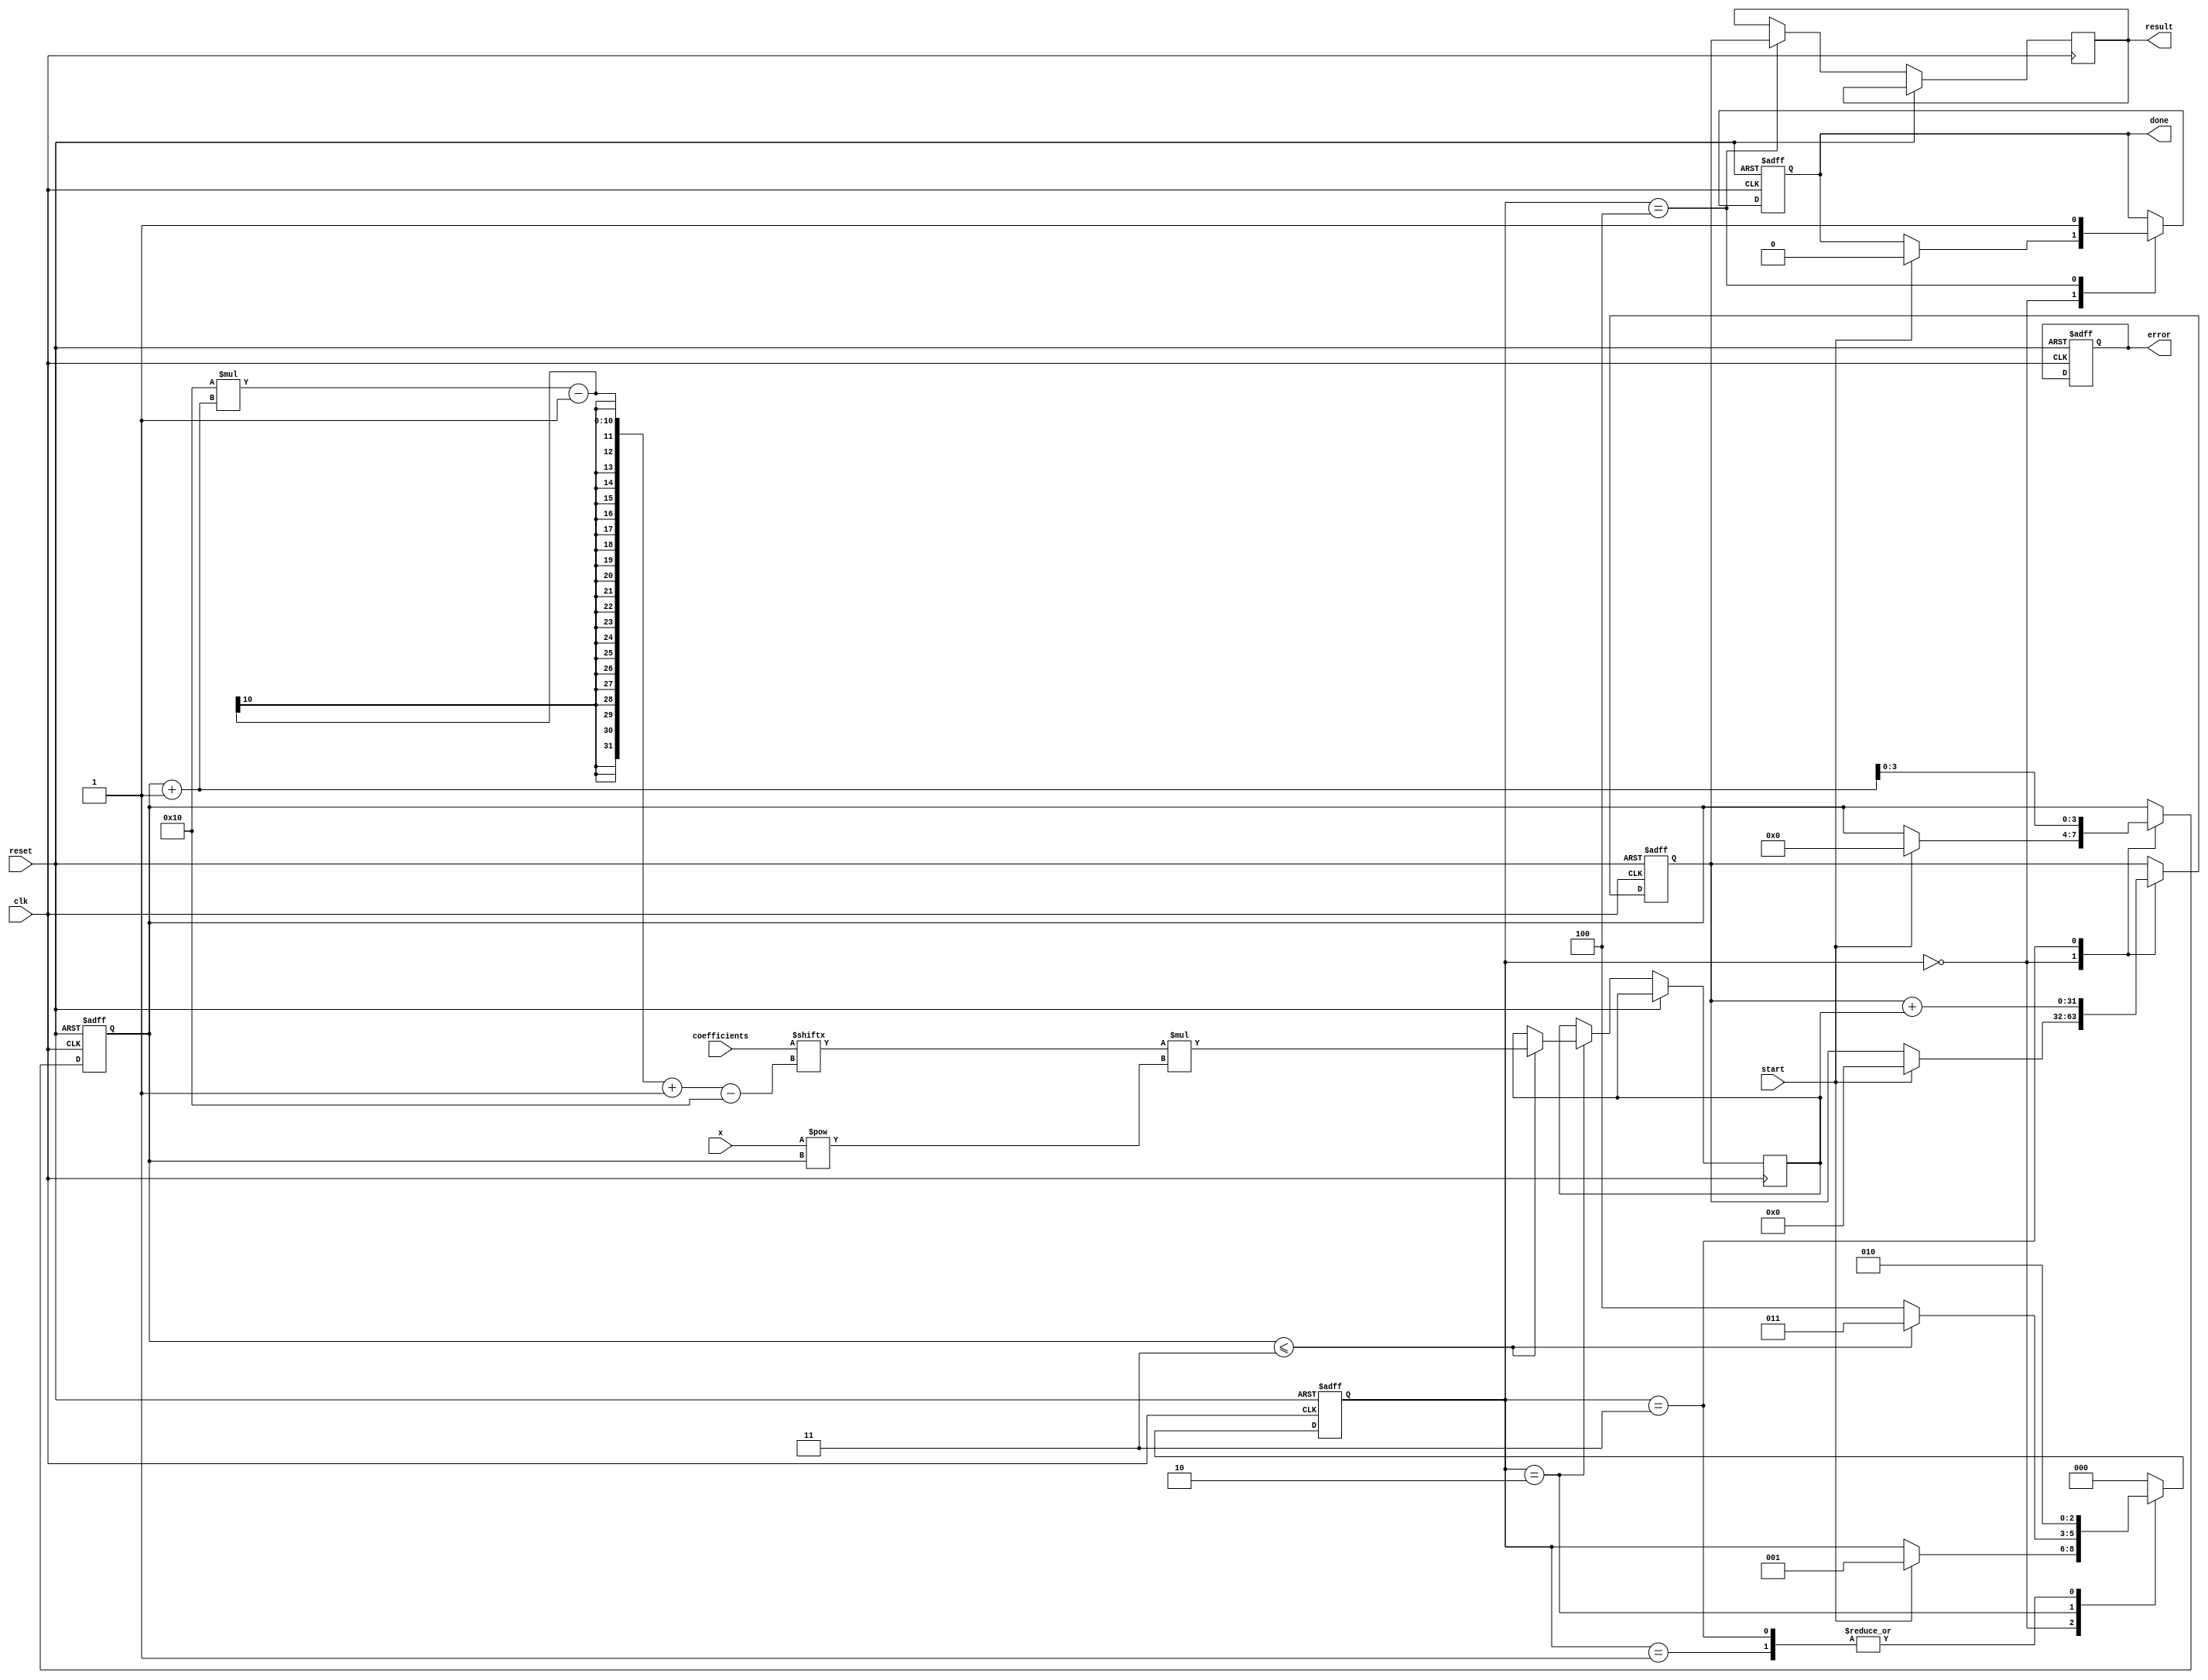
module CORDIC_Polynomial_Evaluator #(
    parameter COEFF_WIDTH = 16, // Width of coefficient data
    parameter X_WIDTH = 16,      // Width of input x data
    parameter RESULT_WIDTH = 32, // Width of result data
    parameter N = 3              // Degree of polynomial (change as needed)
)(
    input  wire clk,
    input  wire reset,
    input  wire start,
    input  wire [X_WIDTH-1:0] x, // Input x
    input  wire [COEFF_WIDTH*N-1:0] coefficients, // Coefficients: a[N], a[N-1], ..., a[1], a[0]
    output reg  [RESULT_WIDTH-1:0] result,
    output reg done,
    output reg error
);

    reg [RESULT_WIDTH-1:0] accum; // Accumulator for results
    reg [2:0] state;              // State machine state register
    reg [3:0] term_CNT;           // Counter for polynomial terms
    reg [RESULT_WIDTH-1:0] term_result; // Holds current term result

    localparam IDLE = 0,
               LOAD_COEFFICIENTS = 1,
               COMPUTE_TERMS = 2,
               ACCUMULATE = 3,
               OUTPUT_RESULT = 4;

    // Sequential logic for the state machine
    always @(posedge clk or posedge reset) begin
        if (reset) begin
            state <= IDLE;
            accum <= 0;
            done <= 0;
            error <= 0;
            term_CNT <= 0;
        end else begin
            case (state)
                IDLE: begin
                    if (start) begin
                        accum <= 0;
                        term_CNT <= 0;
                        done <= 0;
                        state <= LOAD_COEFFICIENTS;
                    end
                end
                
                LOAD_COEFFICIENTS: begin
                    // Start computing terms
                    state <= COMPUTE_TERMS;
                end
                
                COMPUTE_TERMS: begin
                    if (term_CNT <= N) begin
                        // Compute the current term: a_k * x^k
                        term_result <= coefficients[COEFF_WIDTH*(term_CNT+1)-1 -: COEFF_WIDTH] * (x ** term_CNT); // Assume x ** term_CNT is a valid operation
                        state <= ACCUMULATE;
                    end else begin
                        state <= OUTPUT_RESULT;
                    end
                end
                
                ACCUMULATE: begin
                    accum <= accum + term_result;
                    term_CNT <= term_CNT + 1;
                    state <= COMPUTE_TERMS;
                end
                
                OUTPUT_RESULT: begin
                    result <= accum; // Output the accumulated result
                    done <= 1; // Indicate completion
                    state <= IDLE; // Go back to IDLE to wait for the next start
                end
                
                default: begin
                    state <= IDLE; // Stay in IDLE if an invalid state is reached
                end
            endcase
        end
    end

endmodule